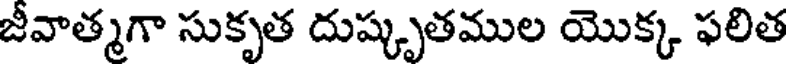
జీవాత్మగా సుకృత దుష్కృతముల యొక్క ఫలిత